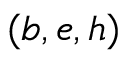
( b , e , h )